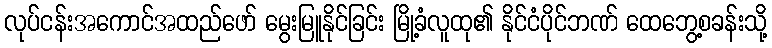
လုပ်ငန်းအကောင်အထည်ဖော် မွေးမြူနိုင်ခြင်း မြို့ခံလူထု၏ နိုင်ငံပိုင်ဘဏ် ထေဘွေ့စခန်းသို့